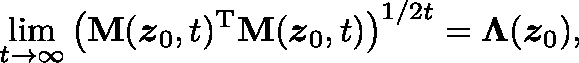
\operatorname* { l i m } _ { t \rightarrow \infty } \left( \mathbf { M } ( \boldsymbol { z } _ { 0 } , t ) ^ { \mathrm { T } } \mathbf { M } ( \boldsymbol { z } _ { 0 } , t ) \right) ^ { 1 / 2 t } = \mathbf { \Lambda } ( \boldsymbol { z } _ { 0 } ) ,